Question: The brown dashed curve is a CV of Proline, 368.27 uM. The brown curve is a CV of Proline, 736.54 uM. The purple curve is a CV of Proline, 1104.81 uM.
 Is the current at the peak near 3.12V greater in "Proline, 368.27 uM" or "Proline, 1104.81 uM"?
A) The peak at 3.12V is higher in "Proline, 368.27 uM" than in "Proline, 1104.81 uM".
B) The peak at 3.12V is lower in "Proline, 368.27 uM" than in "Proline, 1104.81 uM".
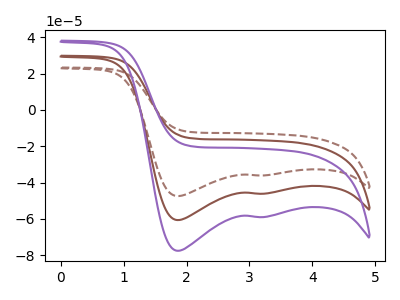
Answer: <think>The brown dashed curve "Proline, 368.27 uM" has cathodic peaks at (1.85V, -47.45uA) (3.10V, -36.10uA). The brown curve "Proline, 736.54 uM" has cathodic peaks at (1.85V, -60.70uA) (3.10V, -46.15uA). The purple curve "Proline, 1104.81 uM" has cathodic peaks at (1.85V, -121.35uA) (3.10V, -92.30uA).</think>
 <answer>B) The peak at 3.12V is lower in "Proline, 368.27 uM" than in "Proline, 1104.81 uM".</answer>
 <eval>B</eval>